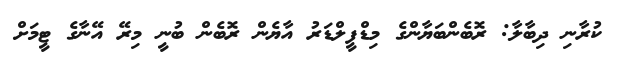
ކުރާނި ދިބާލާ: ރޮބެންބަޔާންގެ މިޑްފީލްޑަރު އާޔެން ރޮބެން ބުނީ މިރޭ އޭނާގެ ޓީމަށް